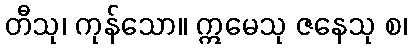
တီသု၊ ကုန်သော။ ဣမေသု ဇနေသု စ၊